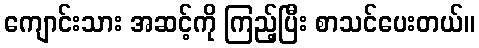
ကျောင်းသား အဆင့်ကို ကြည့်ပြီး စာသင်ပေးတယ်။